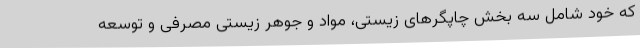
که خود شامل سه بخش چاپگرهای زیستی، مواد و جوهر زیستی مصرفی و توسعه